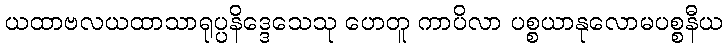
ယထာဗလယထာသာရုပ္ပနိဒ္ဒေသေသု ဟေတူ ကာပိလာ ပစ္စယာနုလောမပစ္စနီယ